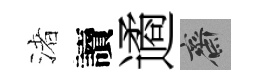
渚讀遹齋